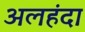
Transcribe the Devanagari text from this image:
अलहंदा